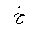
Letter: _kha